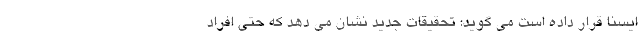
ایسنا قرار داده است می گوید: تحقیقات جدید نشان می دهد که حتی افراد